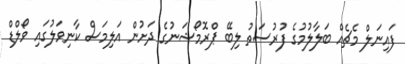
ފައިނަލް މެޗެއް ބަލާލުމުގެ ފުރުސަތު ލިބޭ ޕްރޮމޯޝަނުގެ ދަށުން އަލިމަސް ކާނިވަލުގައި ވޯލްޑް